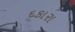
દકારા